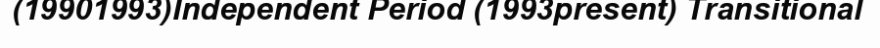
(19901993)Independent Period (1993present) Transitional